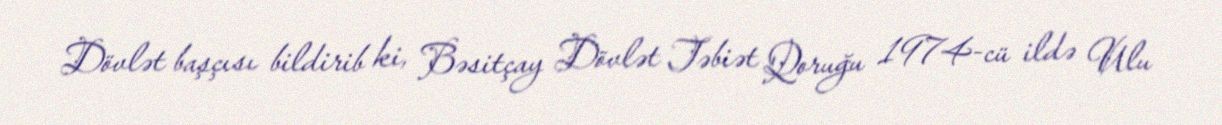
Dövlət başçısı bildirib ki, Bəsitçay Dövlət Təbiət Qoruğu 1974-cü ildə Ulu